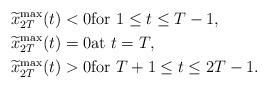
LaTeX: \begin{align*}& \widetilde{x}^{\rm max}_{2T}(t) < 0 \mbox{for $1 \leq t \leq T-1$},\\& \widetilde{x}^{\rm max}_{2T}(t) =0 \mbox{at $t=T$},\\& \widetilde{x}^{\rm max}_{2T}(t) > 0 \mbox{for $T+1 \leq t \leq 2T-1$}.\end{align*}